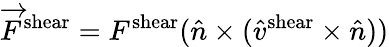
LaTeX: \overrightarrow{F}^{\mathrm{shear}}=F^{\mathrm{shear}}(\hat{n}\times(\hat{v}^{\mathrm{shear}}\times\hat{n}))